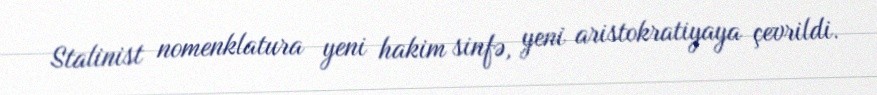
Stalinist nomenklatura yeni hakim sinfə, yeni aristokratiyaya çevrildi.